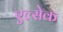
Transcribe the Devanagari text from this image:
एल्सेक